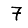
Digit: 7